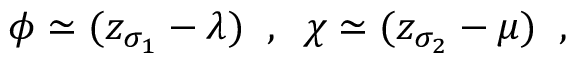
\phi \simeq ( z _ { \sigma _ { 1 } } - \lambda ) \; \; , \; \; \chi \simeq ( z _ { \sigma _ { 2 } } - \mu ) \; \; ,